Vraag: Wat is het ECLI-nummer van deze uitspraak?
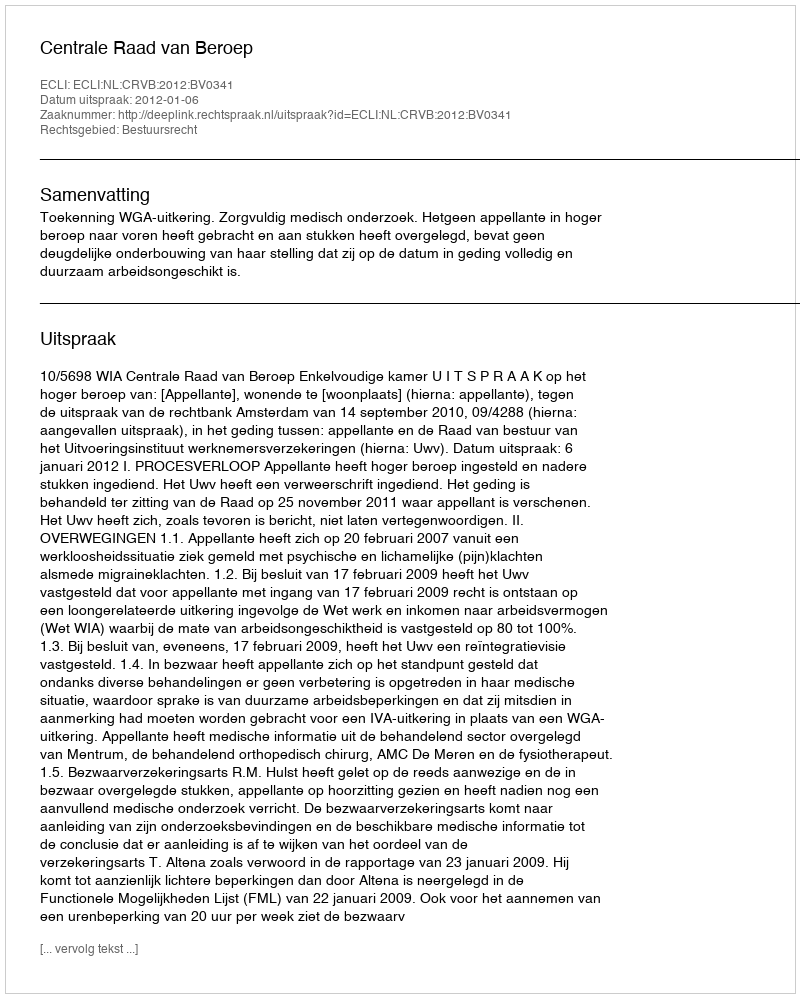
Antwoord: ECLI:NL:CRVB:2012:BV0341